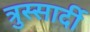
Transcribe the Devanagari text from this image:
त्रुस्सार्दी